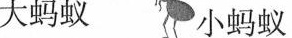
大蚂蚁 小蚂蚁